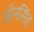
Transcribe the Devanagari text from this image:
जॉनसिंह